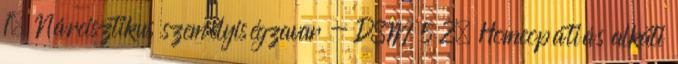
1. Nárcisztikus személyiségzavar - DSM 5 2. Homeopátiás alkati